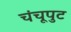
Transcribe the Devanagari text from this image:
चंचूपुट